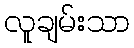
လူချမ်းသာ